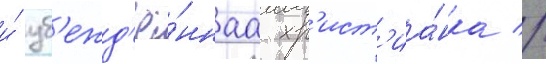
и́ уб'ежд'ё́ннаа хр'ист'иа́нка //